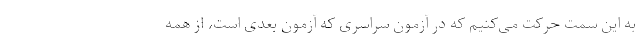
به این سمت حرکت می‌کنیم که در آزمون سراسری که آزمون بعدی است، از همه